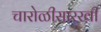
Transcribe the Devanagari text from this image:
चारोळीसारखी